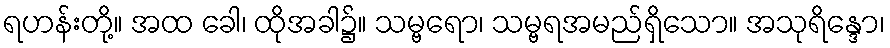
ရဟန်းတို့။ အထ ခေါ၊ ထိုအခါ၌။ သမ္ဗရော၊ သမ္ဗရအမည်ရှိသော။ အသုရိန္ဒော၊